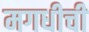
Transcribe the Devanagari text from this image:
मगधीची